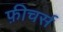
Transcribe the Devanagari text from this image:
फ़ीचर्स